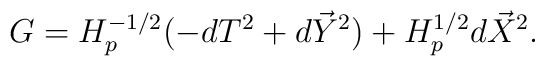
G=H_p^{-1/2}(-dT^2+d\vec{Y}^2)+H_p^{1/2}d\vec{X}^2.